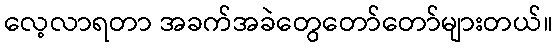
လေ့လာရတာ အခက်အခဲတွေတော်တော်များတယ်။